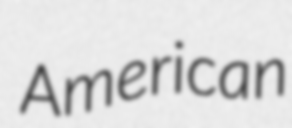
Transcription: American